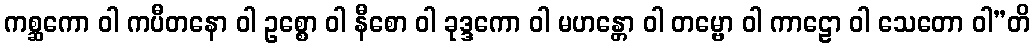
ကစ္ဆကော ဝါ ကပီတနော ဝါ ဥစ္စော ဝါ နီစော ဝါ ခုဒ္ဒကော ဝါ မဟန္တော ဝါ တမ္ဗော ဝါ ကာဠော ဝါ သေတော ဝါ”တိ